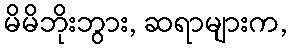
မိမိဘိုးဘွား, ဆရာများက,